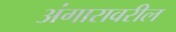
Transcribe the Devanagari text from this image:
अंगारावरील